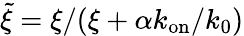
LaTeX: \tilde{\xi}=\xi/(\xi+\alpha k_{\mathrm{on}}/k_{0})